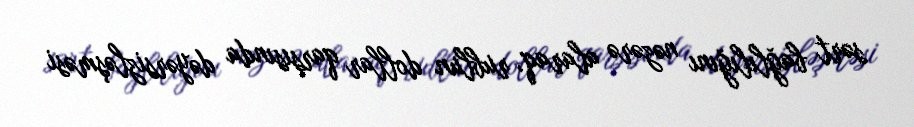
sərt bağlılığını nəzərə alaraq, rublun dollar qarşısında dəyərsizləşməsi